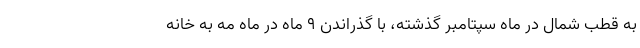
به قطب شمال در ماه سپتامبر گذشته، با گذراندن ۹ ماه در ماه مه به خانه